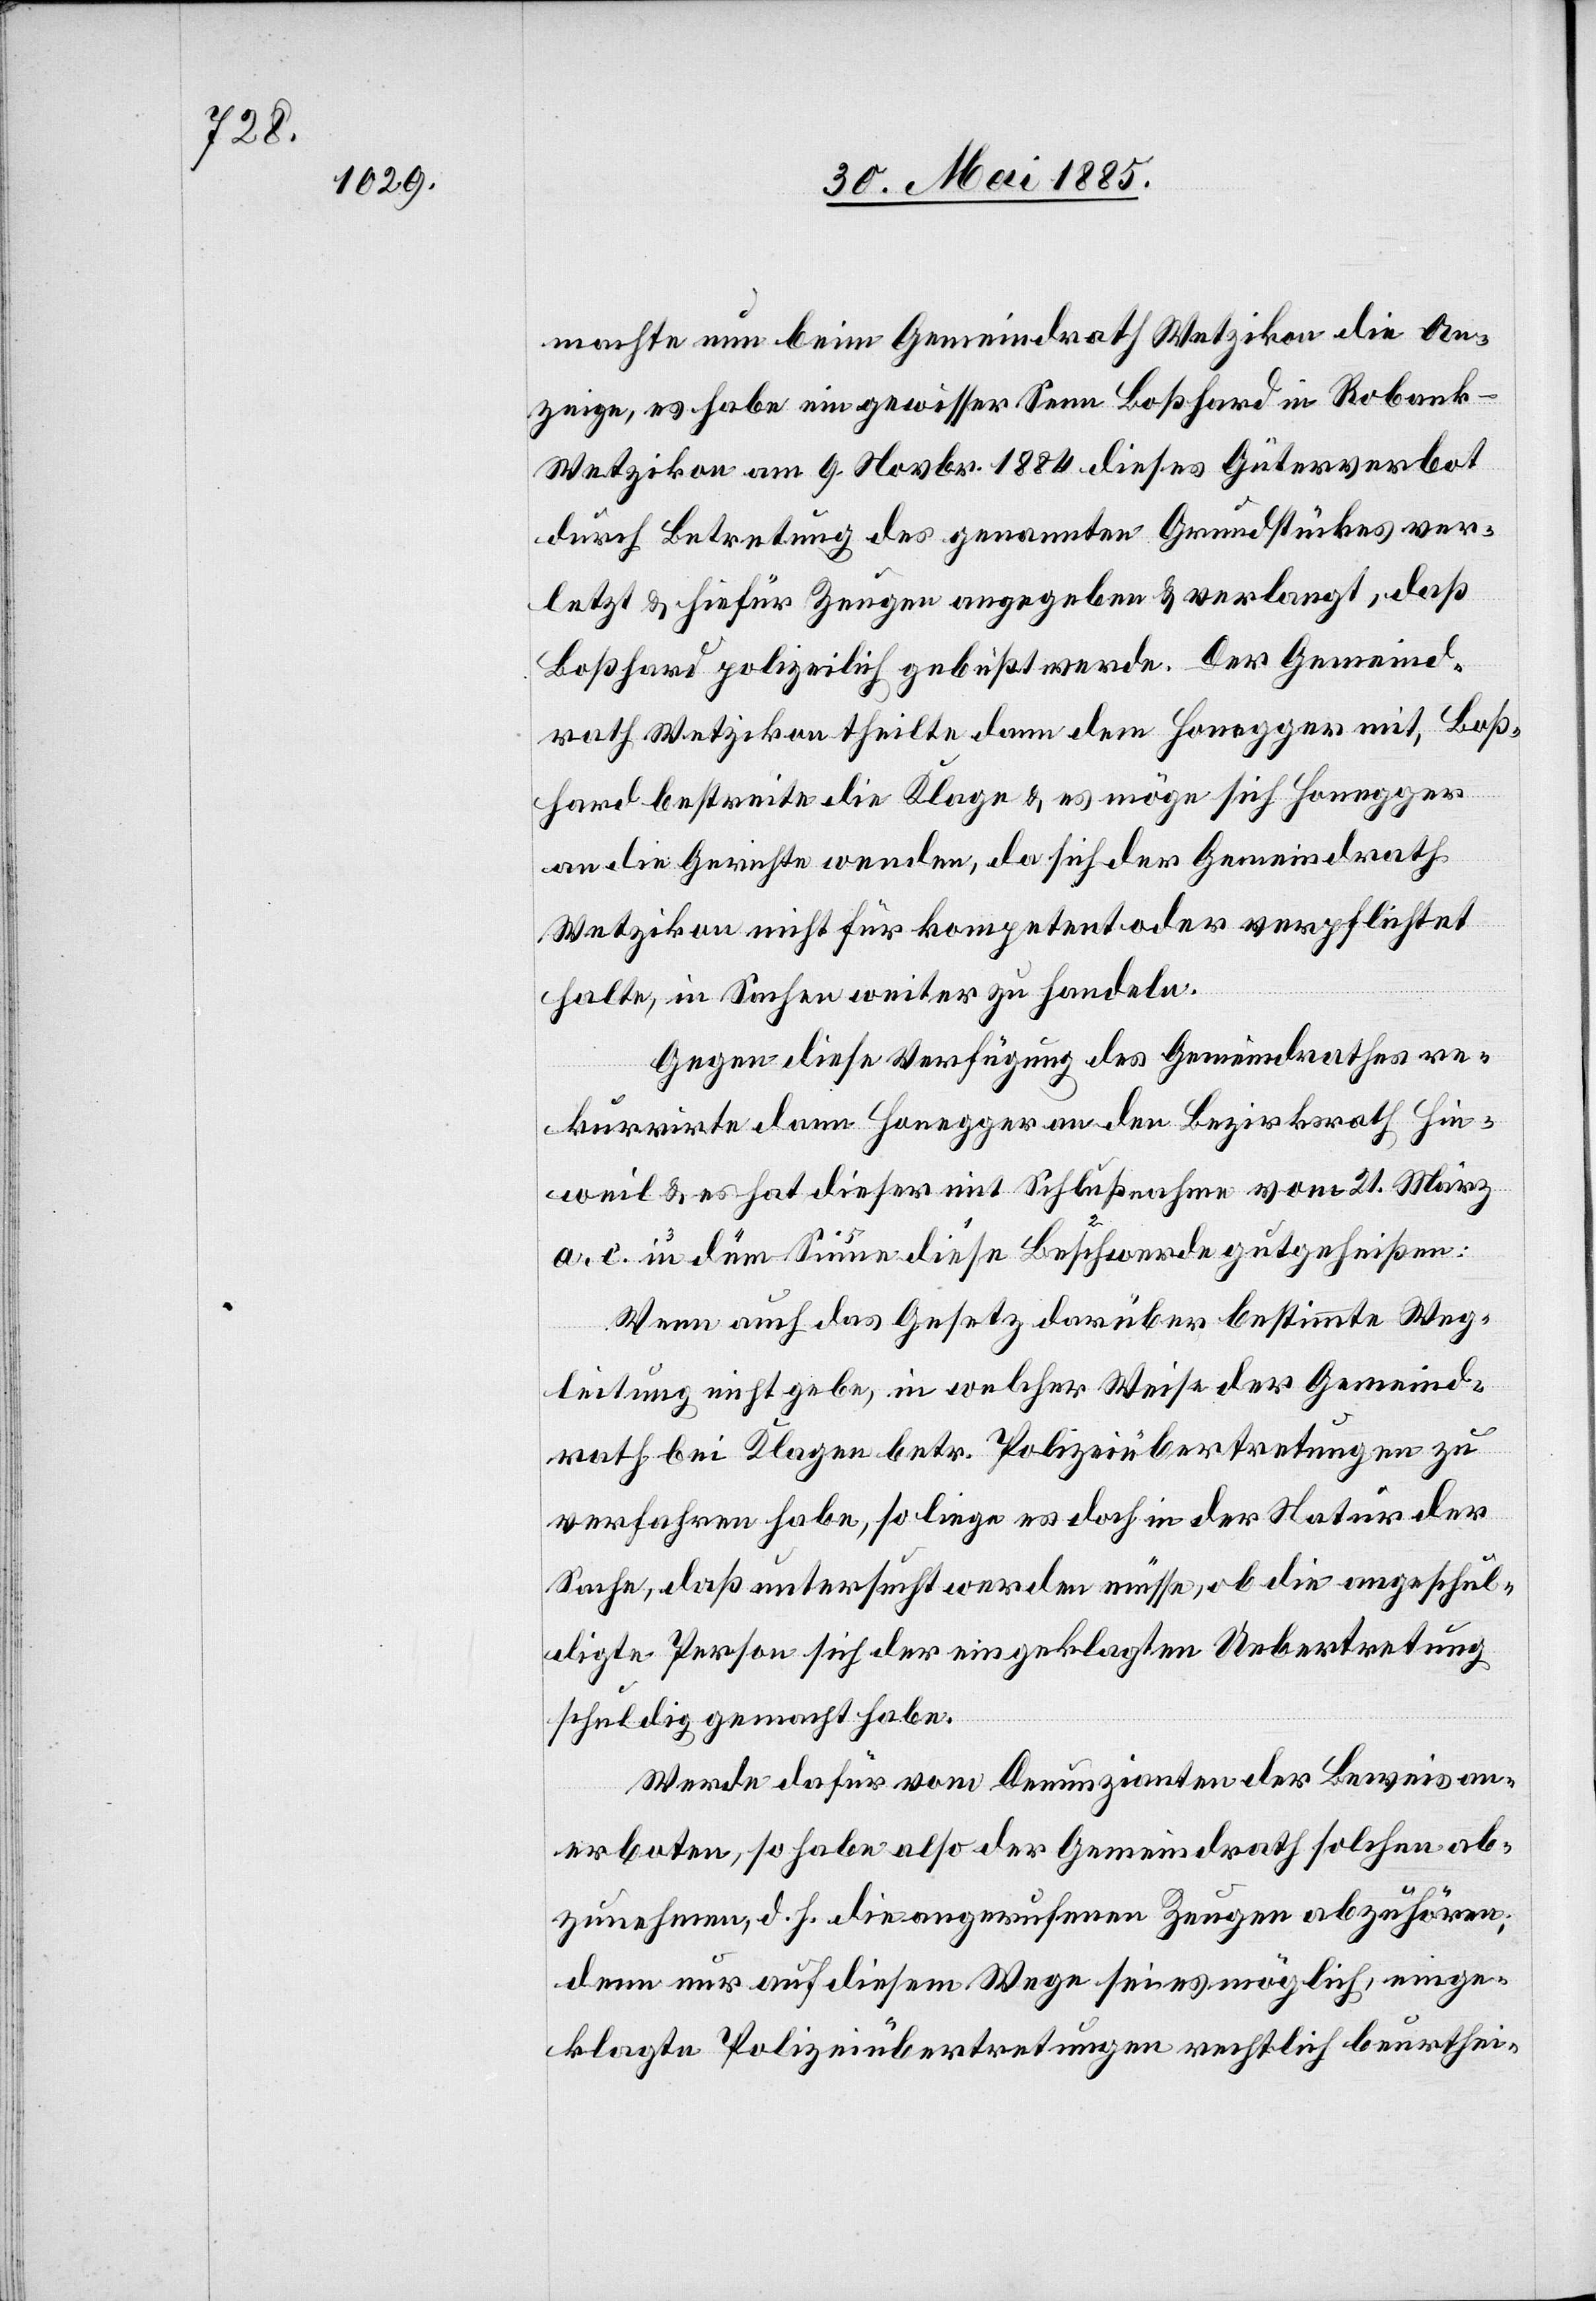
machte nun beim Gemeindrath Wetzikon die An¬
zeige, es habe ein gewisser Senn Boßhard in Robank
Wetzikon am 9. Novbr. 1884 dieses Güterverbot
durch Betretung des genannten Grundstückes ver¬
letzt & hiefür Zeugen angegeben & verlangt, daß
Boßhard polizeilich gebüßt werde. Der Gemeind¬
rath Wetzikon theilte dann dem Honegger mit, Boß¬
hard bestreite die Klage & es möge sich Honegger
an die Gerichte wenden, da sich der Gemeindrath
Wetzikon nicht für kompetent oder verpflichtet
halte, in Sachen weiter zu handeln.
Gegen diese Verfügung des Gemeindrathes re¬
kurrirte dann Honegger an den Bezirksrath Hin¬
weil & es hat dieser mit Schlußnahme vom 21. März
a. c in dem Sinne diese Beschwerde gutgeheißen:
Wenn auch das Gesetz darüber bestimmte Weg¬
leitung nicht gebe, in welcher Weise der Gemeind¬
rat bei Klage betr. Polizeiübertretungen zu
verfahren habe, so liege es doch in der Natur der
Sache, daß untersucht werden müsse, ob die angeschul¬
digte Person sich der eingeklagten Uebertretung
schuldig gemacht habe.
Werde dafür vom Denunzianten der Beweis an¬
erboten, so habe also der Gemeindrath solchen ab¬
zunehmen, d. h. die angerufenen Zeugen abzuhören,
denn nur auf diesem Wege sei es möglich, einge¬
klagte Polizeiübertretungen rechtlich beurthei-